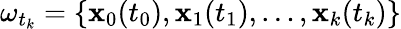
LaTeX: \omega_{t_{k}}=\{ \mathbf{x}_{0}(t_{0}),\mathbf{x}_{1}(t_{1}),\ldots,\mathbf{x}_{k}(t_{k})\}